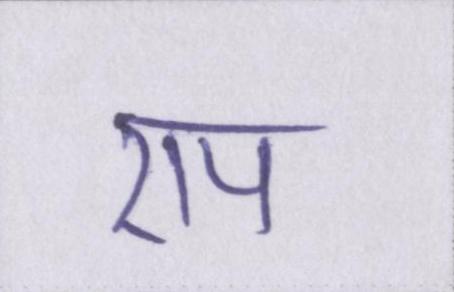
एप